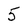
Character: 5